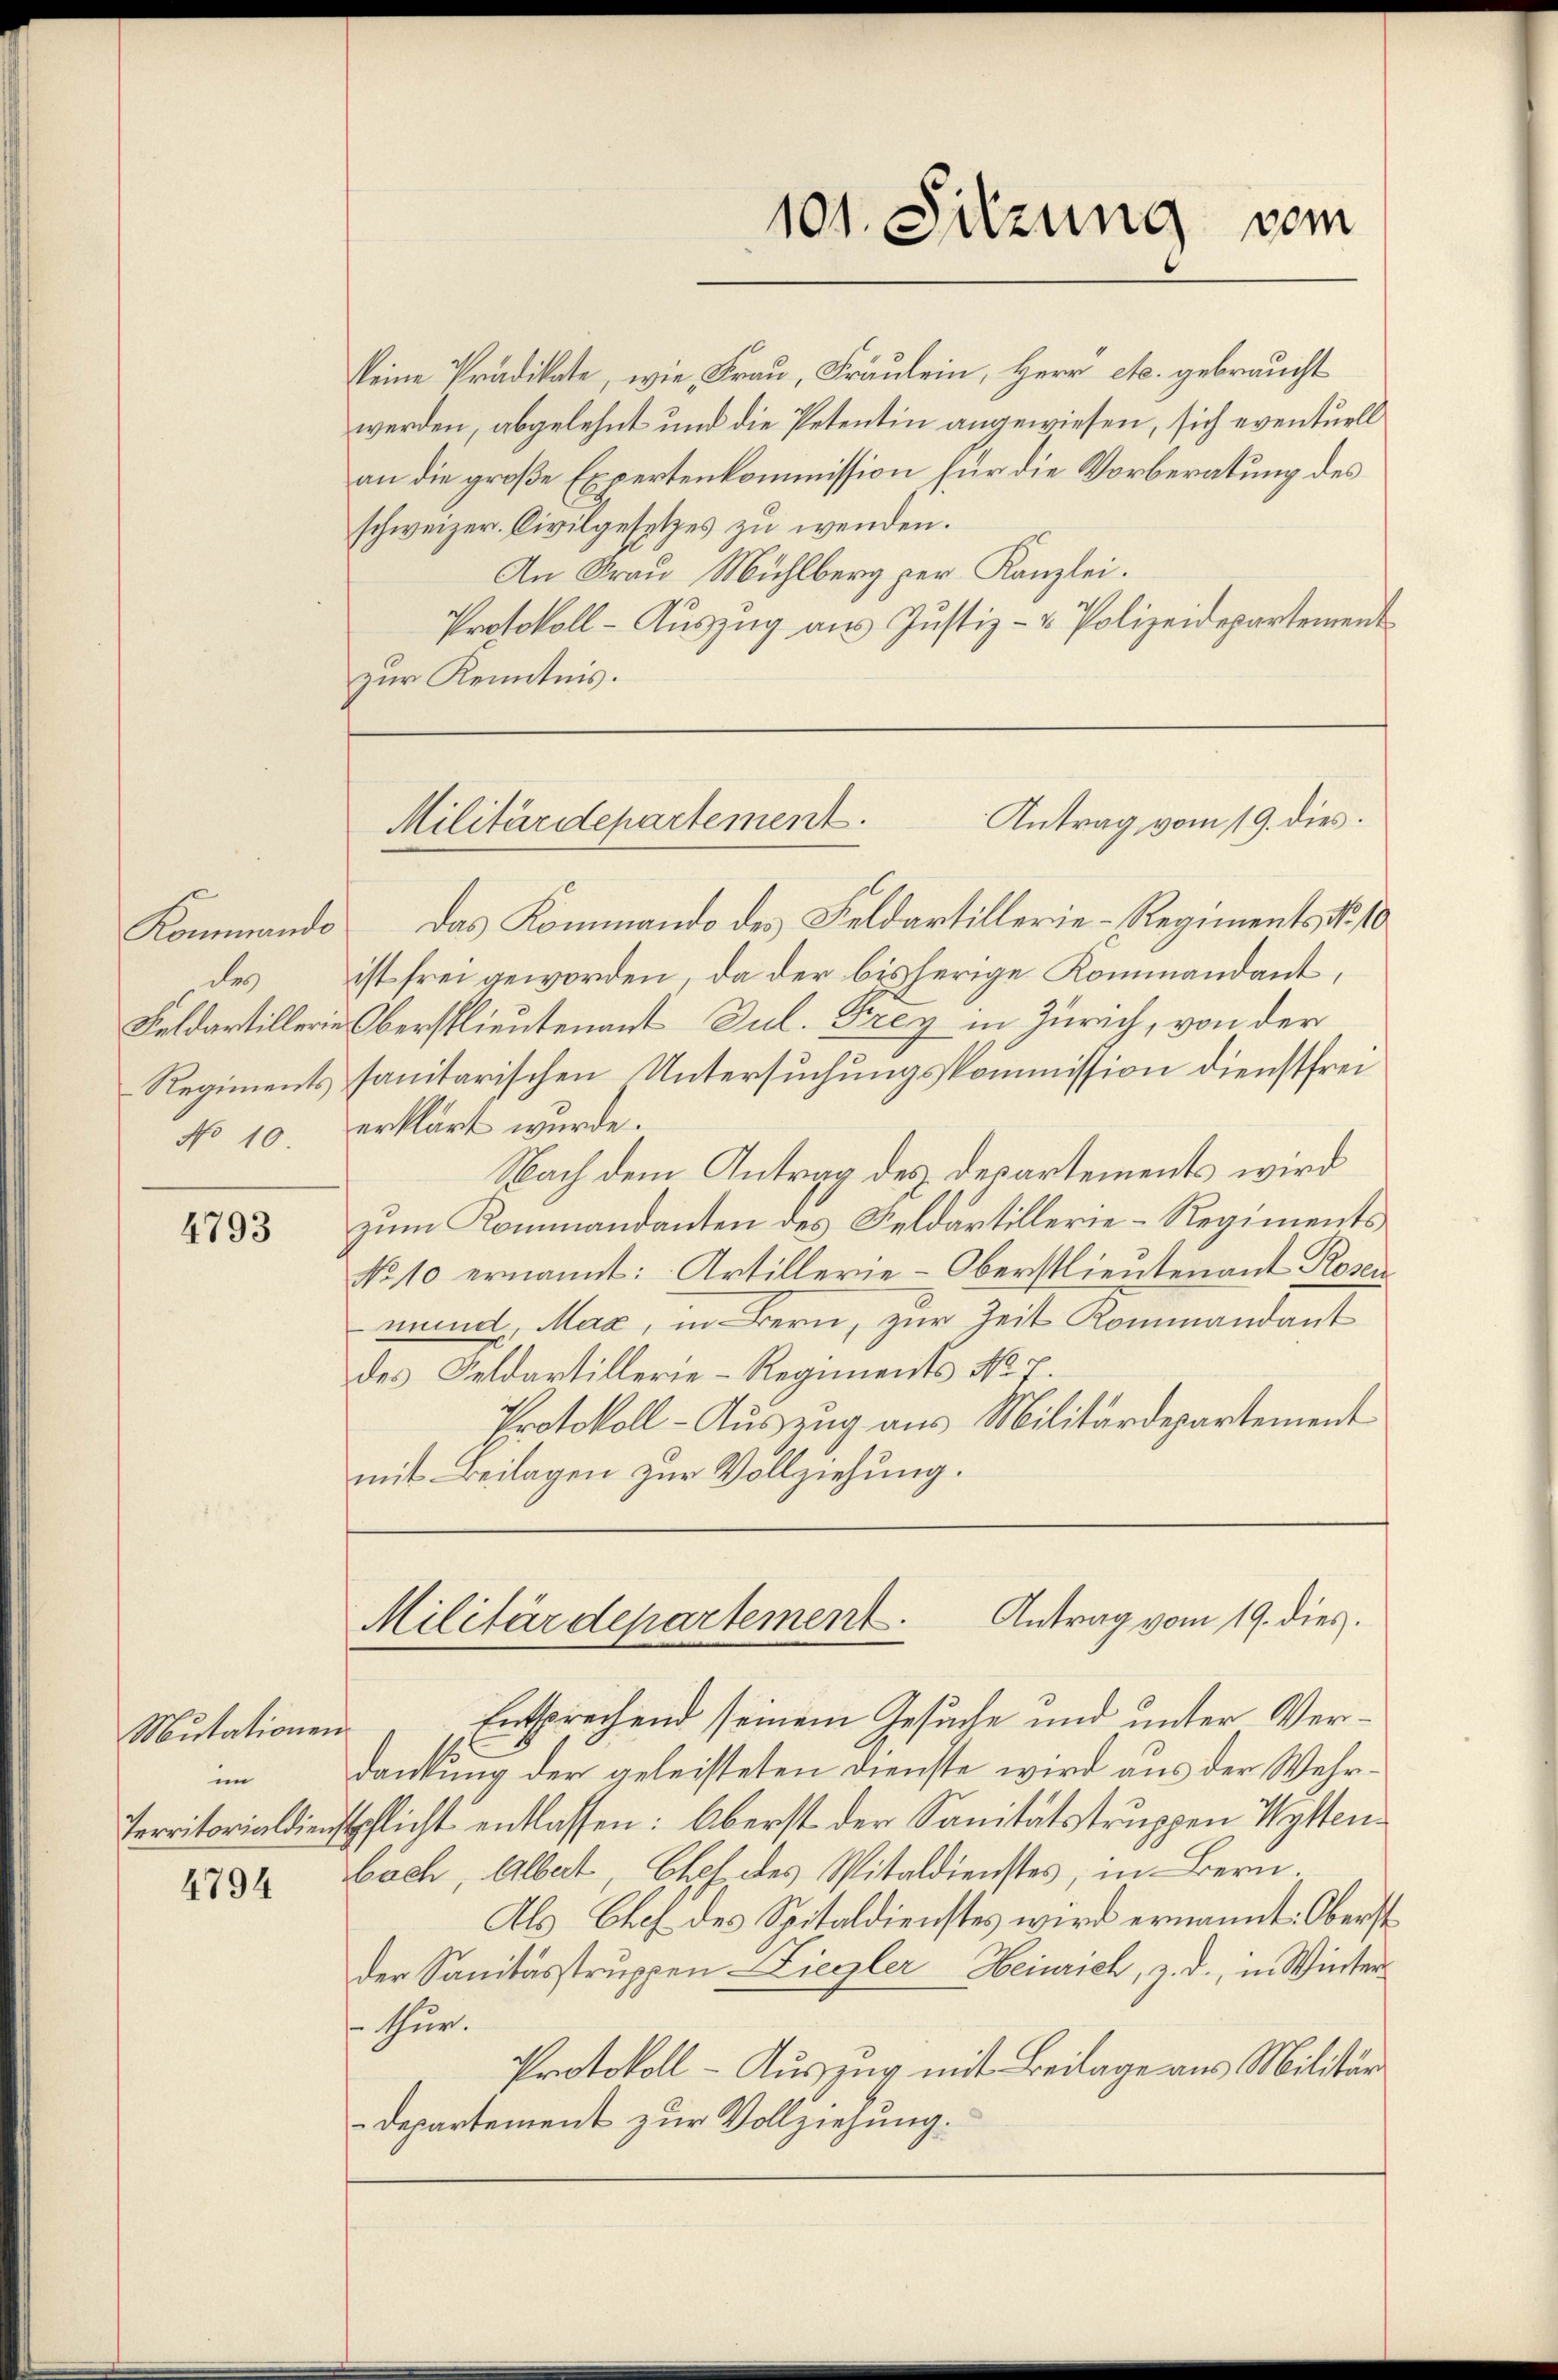
des
No 10.

4793

Mutationen
im
Territorialdiens

4794

keine Prädikate, wie Frau, Fräulein, Herr etc. gebraucht
werden, abgelehnt und die Petentin angewiesen, sich eventuell
an die große Expertenkommission für die Vorberatung des
schweizer. Civilgesetzes zu wenden.
An Frau Mühlberg per Kanzlei.
Protokoll- Auszug aus Justiz- & Polizeidepartement
zur Kenntnis.

101. Sitzung vom

Antrag vom 19. dies.
Militärdepartement.

Kommando das Kommando des Feldartillerie-Regiments, No 10
ist frei geworden, da der bisherige Kommandant,
Feldartillerie Oberstlieutenant Jul. Frey in Zürich, von der
Regiments sanitarischen Untersuchungskommission dienstfrei
erklärt wurde.
Nach dem Antrag des Departements wird
zum Kommandanten des Feldartillerie-Regiments
No 10 ernannt: Artillerie-Oberstlieutenant Rosen
nundt, Mag, in Bern, zur Zeit Kommandant
des Feldartillerie-Regiments No 7.
Protokoll-Auszug aus Militärdepartement
mit Beilagen zur Vollziehung.

Antrag vom 19. dies.
Militärdepartement

Entsprechend seinem Gesuche und unter Verdankung der geleisteten Dienste wird aus der Wehrspflicht entlassen: Oberst der Sanitätstruppen Wettenbach, Albert Chef des Spitaldienstes, in Bern.
Als Chef des Spitaldienstes wird ernannt: Oberst
der Sanitässtruppen-Liegler Heinrich, z. d., in Winter
thur.
Protokoll - Auszug mit Beilage aus Militär
-Departement zur Vollziehung.